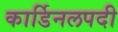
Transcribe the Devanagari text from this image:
कार्डिनलपदी